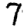
Digit: 7